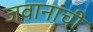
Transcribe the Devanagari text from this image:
जवानांची